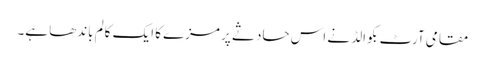
مقامی آرٹ بکوالڈ نے اس حادثے پر مزے کا ایک کالم باندھا ہے۔